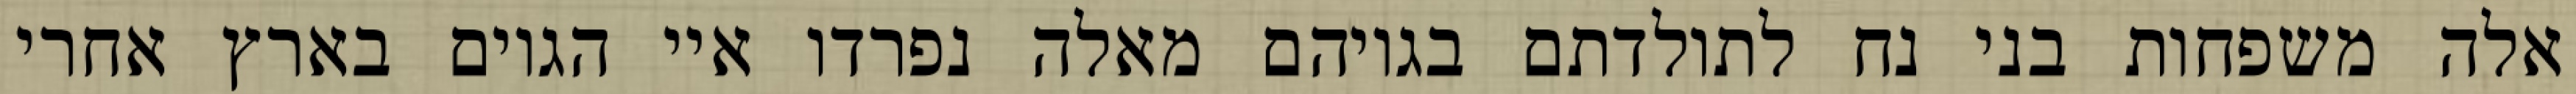
אלה משפחות בני נח לתולדתם בגויהם מאלה נפרדו איי הגוים בארץ אחרי